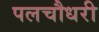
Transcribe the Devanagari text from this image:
पलचौधरी